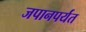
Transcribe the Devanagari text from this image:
जपानपर्यंत